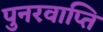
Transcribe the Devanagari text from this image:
पुनरवाप्ति